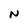
Character: N